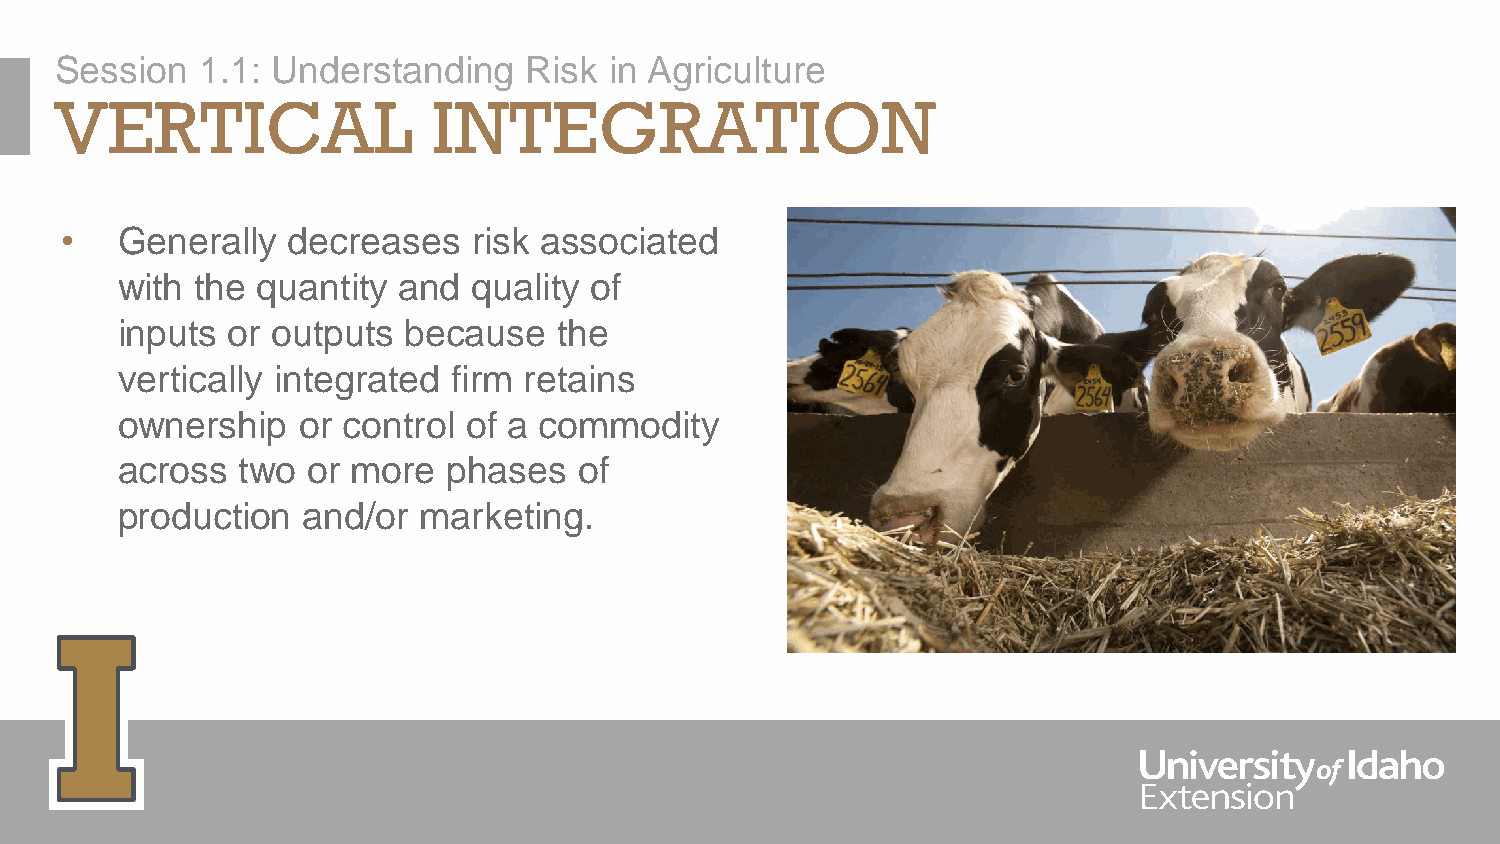
Session  1.1: Understanding    Risk in Agriculture
 VERTICAL                 INTEGRATION
 •   Generally  decreases   risk associated
 with the quantity and  quality of
 inputs or outputs  because   the
 vertically integrated firm retains
 ownership   or control of a commodity
 across  two or more   phases  of
 production  and/or  marketing.